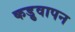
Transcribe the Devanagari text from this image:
कड़ुवापन